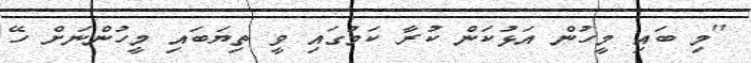
''މި ބައި މީހުން އަޅުކަން ކުރާ ކަމުގައި ވީ ތިޔަބައި މީހުންނަށް ހޭ